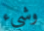
وشيء